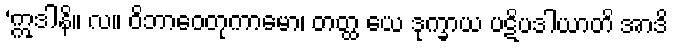
‘ဣဒါနိ။ လ။ ဝိဘာဝေတုကာမော၊ တတ္ထ ယေ ဒုက္ခာယ ပဋိပဒါယာတိ အာဒိ